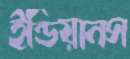
ইন্ডিয়ানস